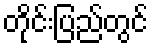
တိုင်းပြည်တွင်